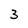
Character: 3